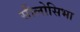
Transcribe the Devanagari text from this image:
सीलोसिभा